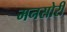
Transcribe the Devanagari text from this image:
मनसोरी